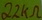
Text: 22kΩ